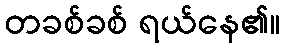
တခစ်ခစ် ရယ်နေ၏။